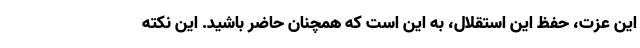
این عزت، حفظ این استقلال، به این است که همچنان حاضر باشید. این نکته